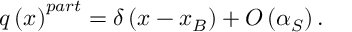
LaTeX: q \left( x \right) ^ { p a r t } = \delta \left( x - x _ { B } \right) + O \left( \alpha _ { S } \right) .